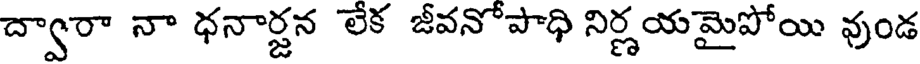
ద్వారా నా ధనార్జన లేక జీవనోపాధి నిర్ణయమైపోయి వుండ